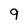
Character: 9